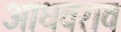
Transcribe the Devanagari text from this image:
आधवराव